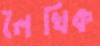
লৈখিক